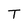
Character: T